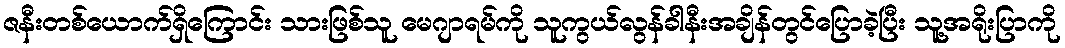
ဇနီးတစ်ယောက်ရှိကြောင်း သားဖြစ်သူ မေဂျာရမ်ကို သူကွယ်လွန်ခါနီးအချိန်တွင်ပြောခဲ့ပြီး သူ့အရိုးပြာကို